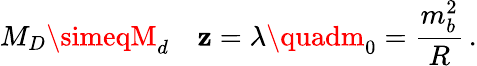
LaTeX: M_{D}\simeqM_{d}\quad\mathbf{z}=\lambda\quadm_{0}={\frac{{m_{b}^{2}}}{{R}}}\, .